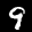
Label: 9